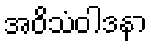
အဝိသံဝါဒနာ